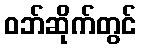
ဝဘ်ဆိုက်တွင်